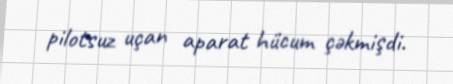
pilotsuz uçan aparat hücum çəkmişdi.